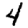
Digit: 4